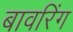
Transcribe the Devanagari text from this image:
बावरिंग